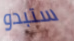
ستبدو